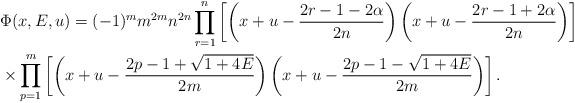
LaTeX: \begin{align*} & \Phi(x,E,u) = (-1)^m m^{2m} n^{2n} \prod_{r=1}^n \left[\left(x+u-\frac{2r-1-2\alpha}{2n}\right) \left(x+u-\frac{2r-1+2\alpha}{2n}\right)\right] \\ &\times \prod_{p=1}^m \left[\left(x+u-\frac{2p-1+\sqrt{1+4E}}{2m}\right) \left(x+u-\frac{2p-1-\sqrt{1+4E}}{2m}\right)\right].\end{align*}